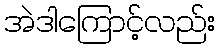
အဲဒါကြောင့်လည်း